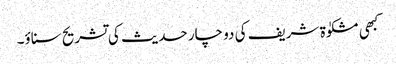
کبھی مشکوٰة شریف کی دو چار حدیث کی تشریح سناؤ۔